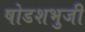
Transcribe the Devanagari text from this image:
षोडशभुजी